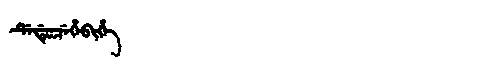
Manchu: ᡩᡝᡩᡠᠴᡝᡥᡝᠪᡳᡥᡝ
Romanization: DEDUCEHEBIHE